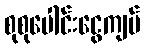
စုစုပေါင်းငွေကျပ်